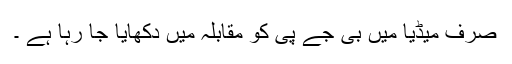
صرف میڈیا میں بی جے پی کو مقابلہ میں دکھایا جا رہا ہے ۔